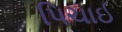
પિચાઈ